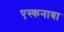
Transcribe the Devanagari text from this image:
एस्कनाबा